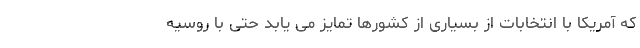
که آمریکا با انتخابات از بسیاری از کشورها تمایز می یابد حتی با روسیه